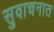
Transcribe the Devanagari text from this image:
सुवाचनात